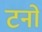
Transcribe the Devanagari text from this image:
टनो